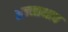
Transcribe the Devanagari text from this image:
अन्नाभाव